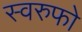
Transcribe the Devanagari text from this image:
स्वरुफो